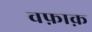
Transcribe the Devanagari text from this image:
वफ़ाक़